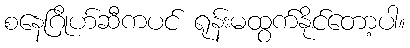
စနေဂြိုဟ်ဆီကပင် ရုန်းမထွက်နိုင်တော့ပါ။